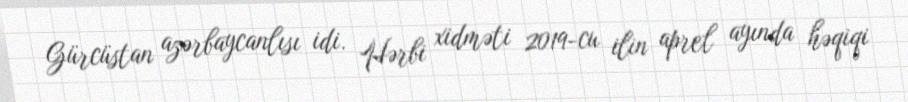
Gürcüstan azərbaycanlısı idi. Hərbi xidməti 2019-cu ilin aprel ayında həqiqi